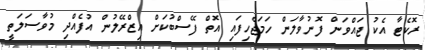
ރޮކެޓާ އެކު ޖައްވަން ފޮނުވާލަން ހަމަޖެހިފައި އޮތް ފޭސްބުކަށް އިޒްރޭލުން އުފެއްދި މުވާސަލަތީ